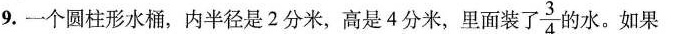
9.一个圆柱形水桶，内半径是2分米，高是4分米，里面装了\frac{3}{4} 的水。如果